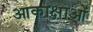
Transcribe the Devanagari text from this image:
आकाक्षाओं